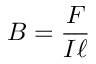
B = { \frac { F } { I \ell } }